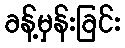
ခန့်မှန်းခြင်း